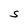
Character: S